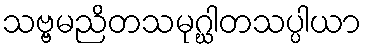
သဗ္ဗမညိတသမုဂ္ဃါတသပ္ပါယာ